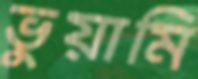
ভুয়ামি